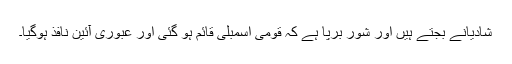
شادیانے بجتے ہیں اور شور برپا ہے کہ قومی اسمبلی قائم ہو گئی اور عبوری آئین نافذ ہوگیا۔